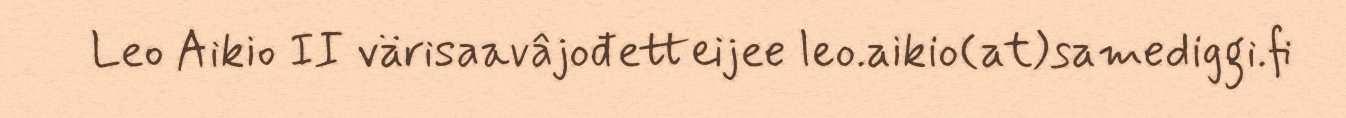
Leo Aikio II värisaavâjođetteijee leo.aikio(at)samediggi.fi